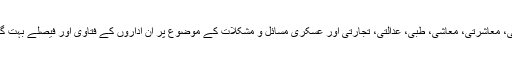
دور جدید کے سائنسی، سیاسی، معاشرتی، معاشی، طبی، عدالتی، تجارتی اور عسکری مسائل و مشکلات کے موضوع پر ان اداروں کے فتاویٰ اور فیصلے بہت گراں قدر اہمیت کے حامل ہیں۔